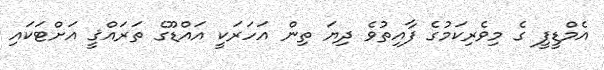
އެމްޑީފީ ގެ މިވެރިކަމުގެ ފާއިތުވެ ދިޔަ ތިން އަހަރަކީ އައްޑޫގެ ތަރައްޤީ އަށްޓަކައި